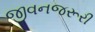
જીવનજરૂરી